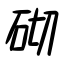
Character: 砌